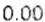
0.00